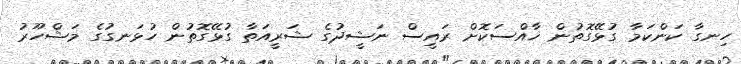
ހިނގާ ކަންކަމާ ގުޅޭގޮތުން ޚާއްސަކޮށް ރައީސް ނަޝީދުގެ ޝަރީއަތާ ގުޅޭގޮތުން ހުޅަނގުގެ މަޝްހޫރު